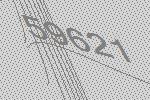
59621